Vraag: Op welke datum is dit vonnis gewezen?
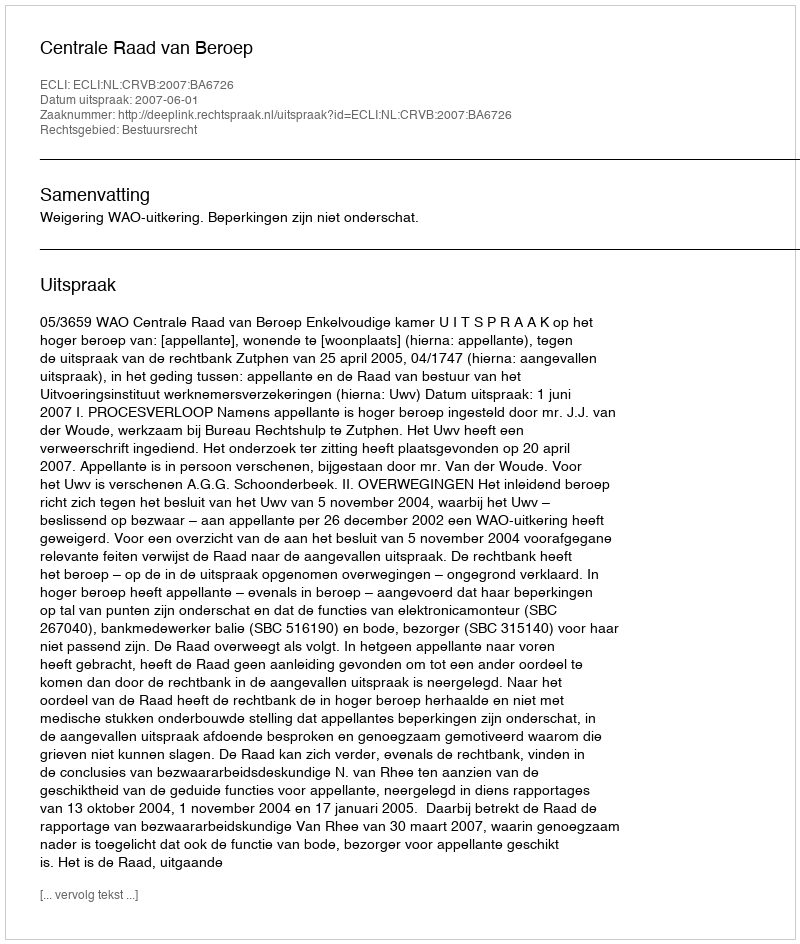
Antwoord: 2007-06-01